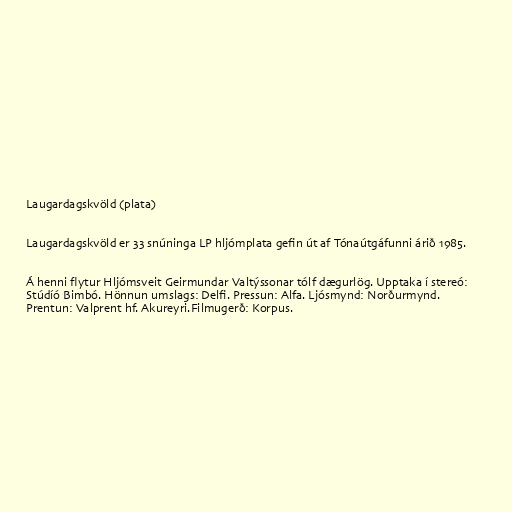
Laugardagskvöld (plata)

Laugardagskvöld er 33 snúninga LP hljómplata gefin út af Tónaútgáfunni árið 1985.

Á henni flytur Hljómsveit Geirmundar Valtýssonar tólf dægurlög. Upptaka í stereó:
Stúdíó Bimbó. Hönnun umslags: Delfi. Pressun: Alfa. Ljósmynd: Norðurmynd.
Prentun: Valprent hf. Akureyri.Filmugerð: Korpus.